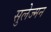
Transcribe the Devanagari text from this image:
सुलेज्मन